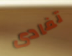
تفادى